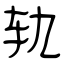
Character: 轨